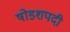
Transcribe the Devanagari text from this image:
षोडशपदी